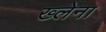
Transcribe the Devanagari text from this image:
ख्लेना